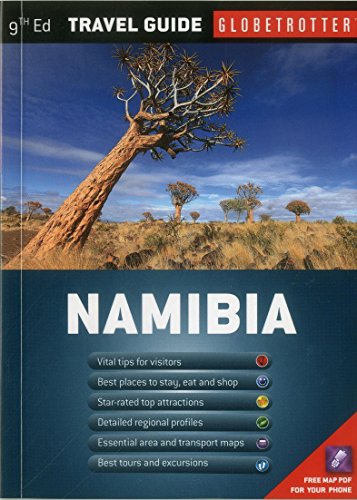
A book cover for Namibia Travel Pack (Globetrotter Travel Packs); Willie Olivier; Travel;